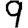
Digit: 9